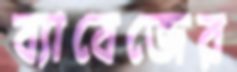
ব্যাবেজের